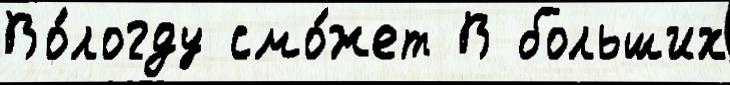
Во́логду смо́жет В больших